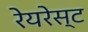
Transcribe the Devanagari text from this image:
रेयरेस्ट